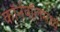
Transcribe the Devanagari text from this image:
कॉर्नवॉलमध्ये